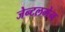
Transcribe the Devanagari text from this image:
जेन्टलमेन